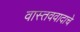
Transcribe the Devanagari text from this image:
वास्तववादाचे